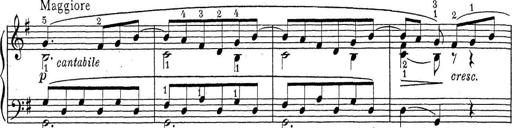
Title: ÄŒeskÃ© Sonatiny
Composer: Various